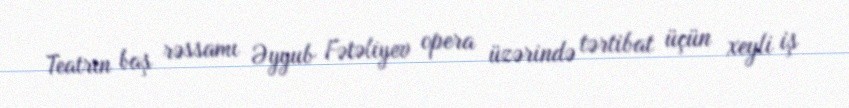
Teatrın baş rəssamı Əyyub Fətəliyev opera üzərində tərtibat üçün xeyli iş